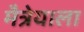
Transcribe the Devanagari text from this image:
मैत्रेयाला